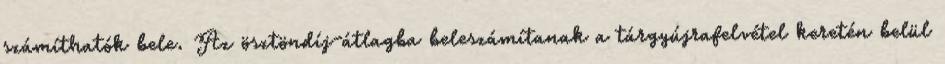
számíthatók bele. Az ösztöndíj-átlagba beleszámítanak a tárgyújrafelvétel keretén belül